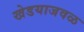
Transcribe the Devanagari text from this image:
खेडयाजवळ